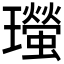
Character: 𤫁